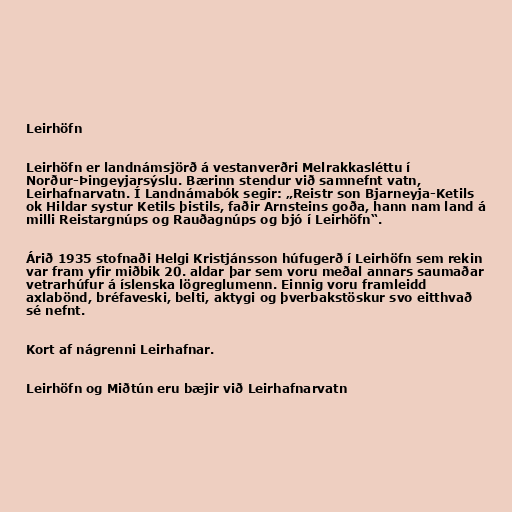
Leirhöfn

Leirhöfn er landnámsjörð á vestanverðri Melrakkasléttu í
Norður-Þingeyjarsýslu. Bærinn stendur við samnefnt vatn,
Leirhafnarvatn. Í Landnámabók segir: „Reistr son Bjarneyja-Ketils
ok Hildar systur Ketils þistils, faðir Arnsteins goða, hann nam land á
milli Reistargnúps og Rauðagnúps og bjó í Leirhöfn“.

Árið 1935 stofnaði Helgi Kristjánsson húfugerð í Leirhöfn sem rekin
var fram yfir miðbik 20. aldar þar sem voru meðal annars saumaðar
vetrarhúfur á íslenska lögreglumenn. Einnig voru framleidd
axlabönd, bréfaveski, belti, aktygi og þverbakstöskur svo eitthvað
sé nefnt.

Kort af nágrenni Leirhafnar.

Leirhöfn og Miðtún eru bæjir við Leirhafnarvatn